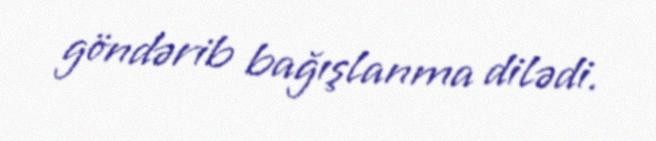
göndərib bağışlanma dilədi.